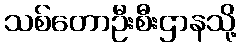
သစ်တောဦးစီးဌာနသို့